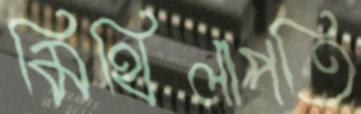
মিথিলাপতি